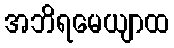
အဘိရမေယျာထ